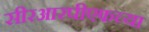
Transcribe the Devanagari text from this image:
सीरआरपीएफच्या